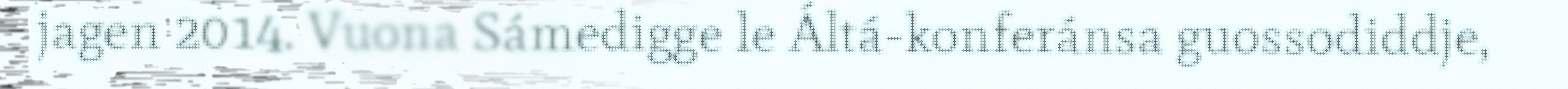
jagen 2014. Vuona Sámedigge le Áltá-konferánsa guossodiddje,